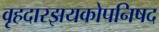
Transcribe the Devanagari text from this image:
वृहदारझयकोपनिषद